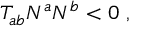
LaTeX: T _ { a b } N ^ { a } N ^ { b } < 0 \ ,